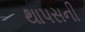
થાપસની